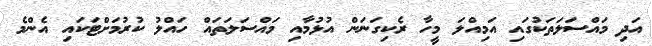
އަދި މައްސަލަތަކުގައި އަމިއްލަ މީހާ ރެކިގަނަން އުޅުމާއި މައްސަލަތައް ހައްލު ކުރުމަށްޓަކައި އެންމެ